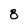
Character: 8